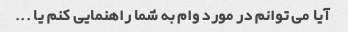
آیا می توانم در مورد وام به شما راهنمایی کنم یا ...